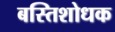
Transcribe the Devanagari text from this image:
बस्तिशोधक